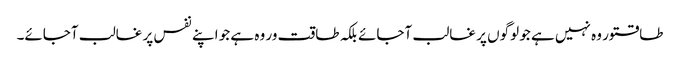
طاقتور وہ نہیں ہے جو لوگوں پر غالب آجائے بلکہ طاقت ور وہ ہے جو اپنے نفس پر غالب آجائے۔